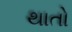
થાતો